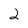
Character: 2